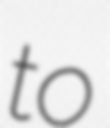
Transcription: to